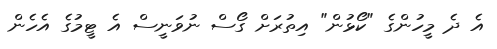
އެ ދެ މީހުންގެ "ކޯޅުން" އިތުރަށް ގޯސް ނުވަނީސް އެ ޓީމުގެ އެހެން